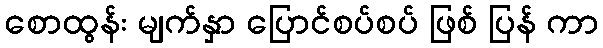
စောထွန်း မျက်နှာ ပြောင်စပ်စပ် ဖြစ် ပြန် ကာ